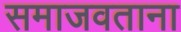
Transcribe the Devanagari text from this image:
समाजवताना